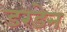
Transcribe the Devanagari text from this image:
डरडेन